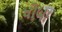
ધોબા